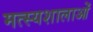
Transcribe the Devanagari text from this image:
मत्स्यशालाओं